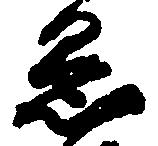
愚